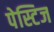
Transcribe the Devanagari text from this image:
पेस्टिज